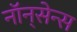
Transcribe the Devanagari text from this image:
नॉन्‌सेन्स